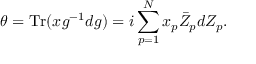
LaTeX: \theta = \mathrm { T r } ( x g ^ { - 1 } d g ) = i \sum _ { p = 1 } ^ { N } x _ { p } \bar { Z } _ { p } d Z _ { p } .